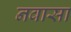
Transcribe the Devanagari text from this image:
नवासा